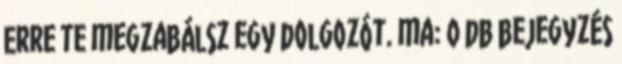
Erre te megzabálsz egy dolgozót. ma: 0 db bejegyzés